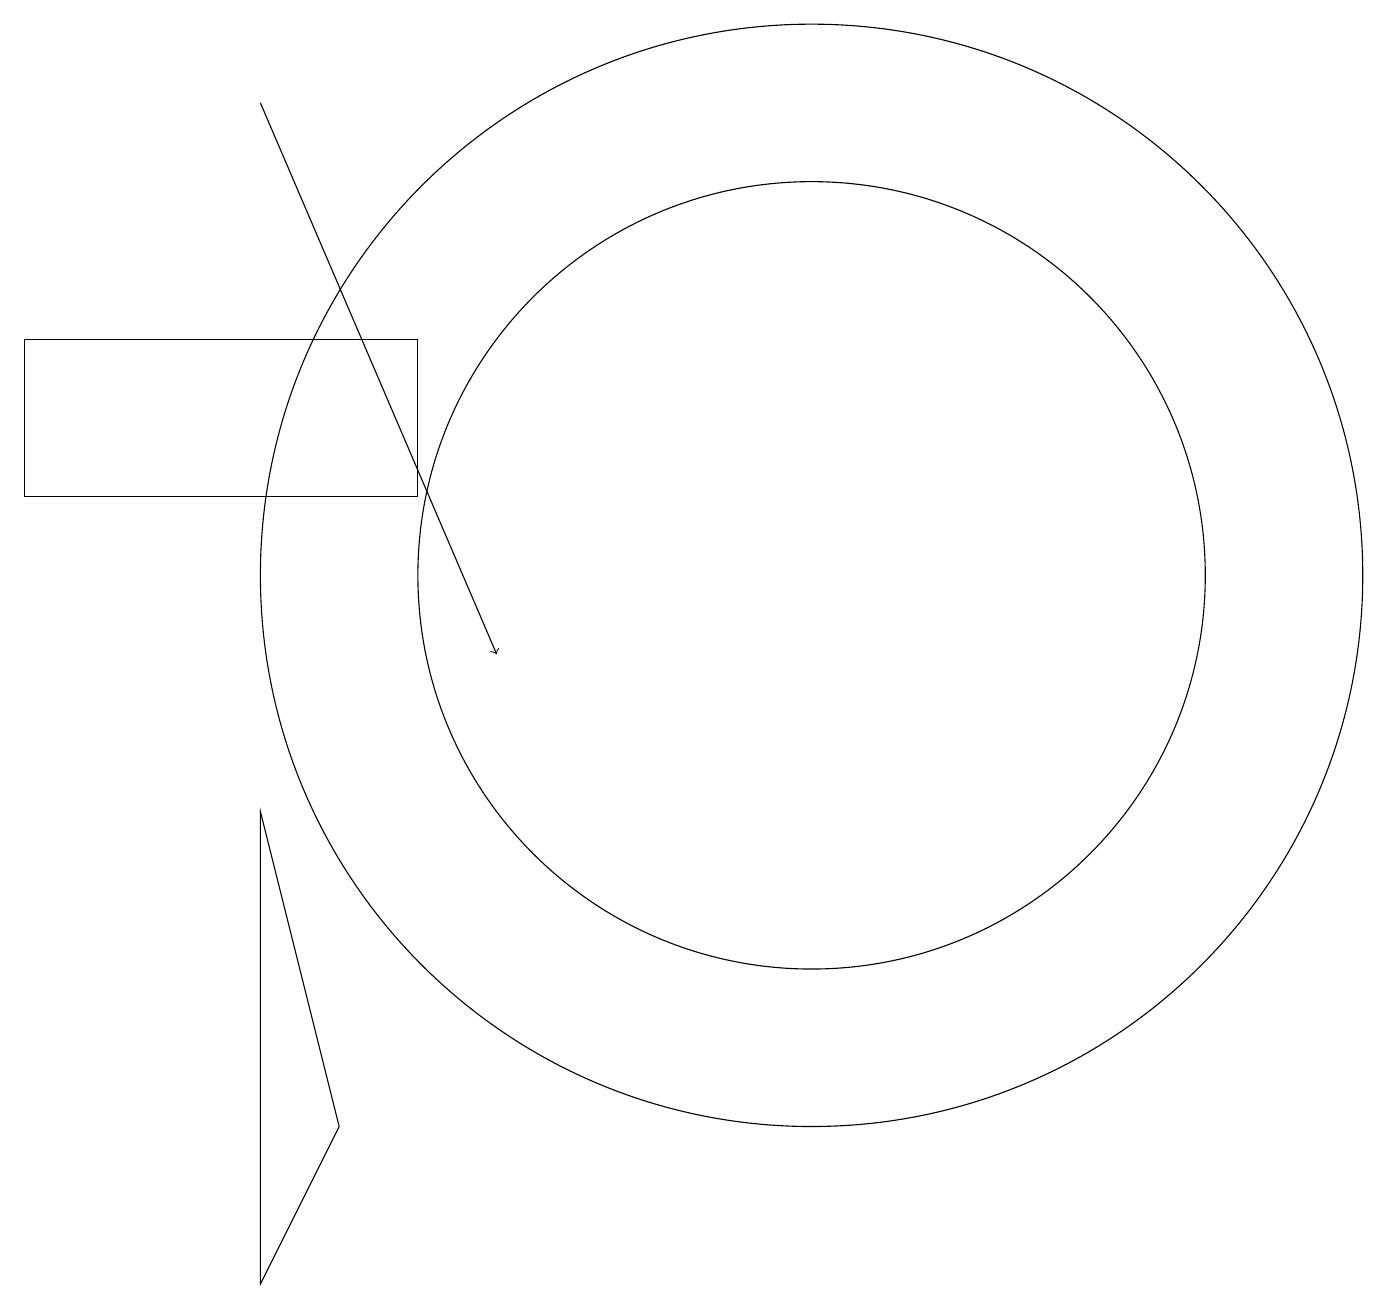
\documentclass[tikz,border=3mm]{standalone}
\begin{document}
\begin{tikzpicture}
\draw (11,11) circle (5);
\draw[->] (4,17) -- (7,10);
\draw (11,11) circle (7);
\draw (1,14) rectangle (6,12);
\draw (4,2) -- (4,8) -- (5,4) -- cycle;
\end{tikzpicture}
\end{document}